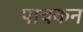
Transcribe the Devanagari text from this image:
पाचकन